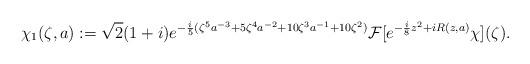
LaTeX: \begin{align*}\chi_1 (\zeta, a) := \sqrt{2} (1+i) e^{-\frac{i}{5} (\zeta^5 a^{-3} + 5 \zeta^4 a^{-2} +10 \zeta^3 a^{-1} + 10\zeta^2)} \mathcal{F} [e^{-\frac{i}{8} z^2 + i R(z, a)} \chi ] (\zeta).\end{align*}